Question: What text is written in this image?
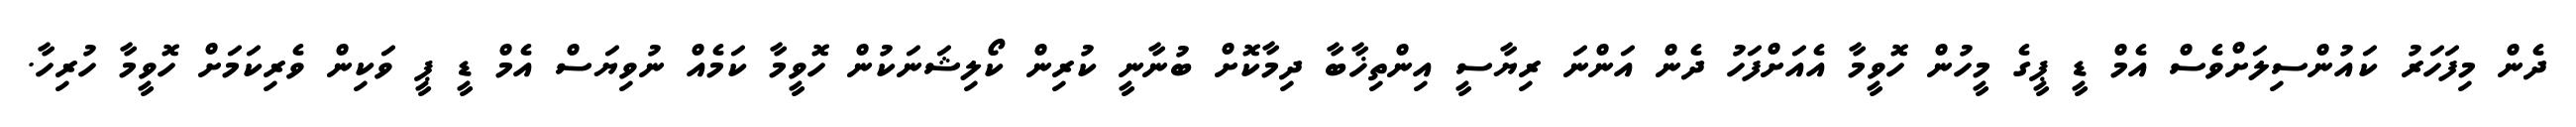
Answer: ދެން މިފަހަރު ކައުންސިލަށްވެސް އެމް ޑީ ޕީގެ މީހުން ހޮވީމާ އެއަށްފަހު ދެން އަންނަ ރިޔާސީ އިންތިޚާބާ ދިމާކޮށް ބުނާނީ ކުރިން ކޯލިޝަނަކުން ހޮވީމާ ކަމެއް ނުވިޔަސް އެމް ޑީ ޕީ ވަކިން ވެރިކަމަށް ހޮވީމާ ހުރިހާ.